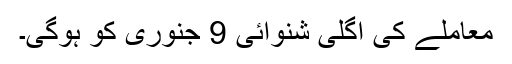
معاملے کی اگلی شنوائی 9 جنوری کو ہوگی۔